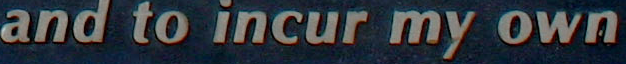
and to incur my own